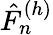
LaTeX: \hat{F}_{n}^{(h)}